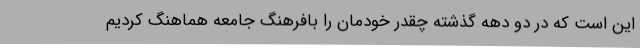
این است که در دو دهه گذشته چقدر خودمان را بافرهنگ جامعه هماهنگ کردیم